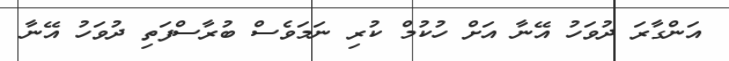
އަންގާރަ ދުވަހު އޭނާ އަށް ހުކުމް ކުރި ނަމަވެސް ބުރާސްފަތި ދުވަހު އޭނާ